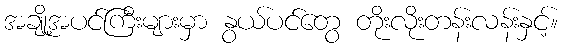
အချို့အပင်ကြီးများမှာ နွယ်ပင်တွေ တိုးလိုးတန်းလန်းနှင့်။